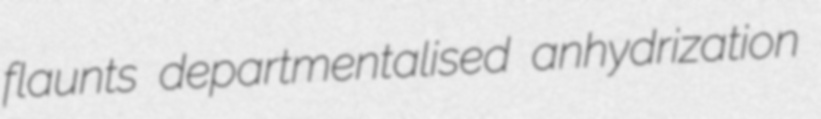
flaunts departmentalised anhydrization